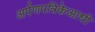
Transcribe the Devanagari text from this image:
अर्पणपत्रिकेआधी